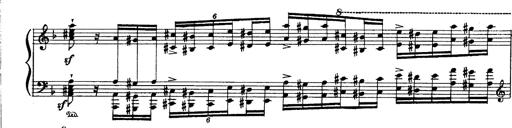
Title: Paraphrase de concert sur Ernani II
Composer: Franz Liszt